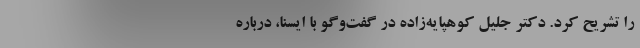
را تشریح کرد. دکتر جلیل کوهپایه‌زاده در گفت‌وگو با ایسنا، درباره